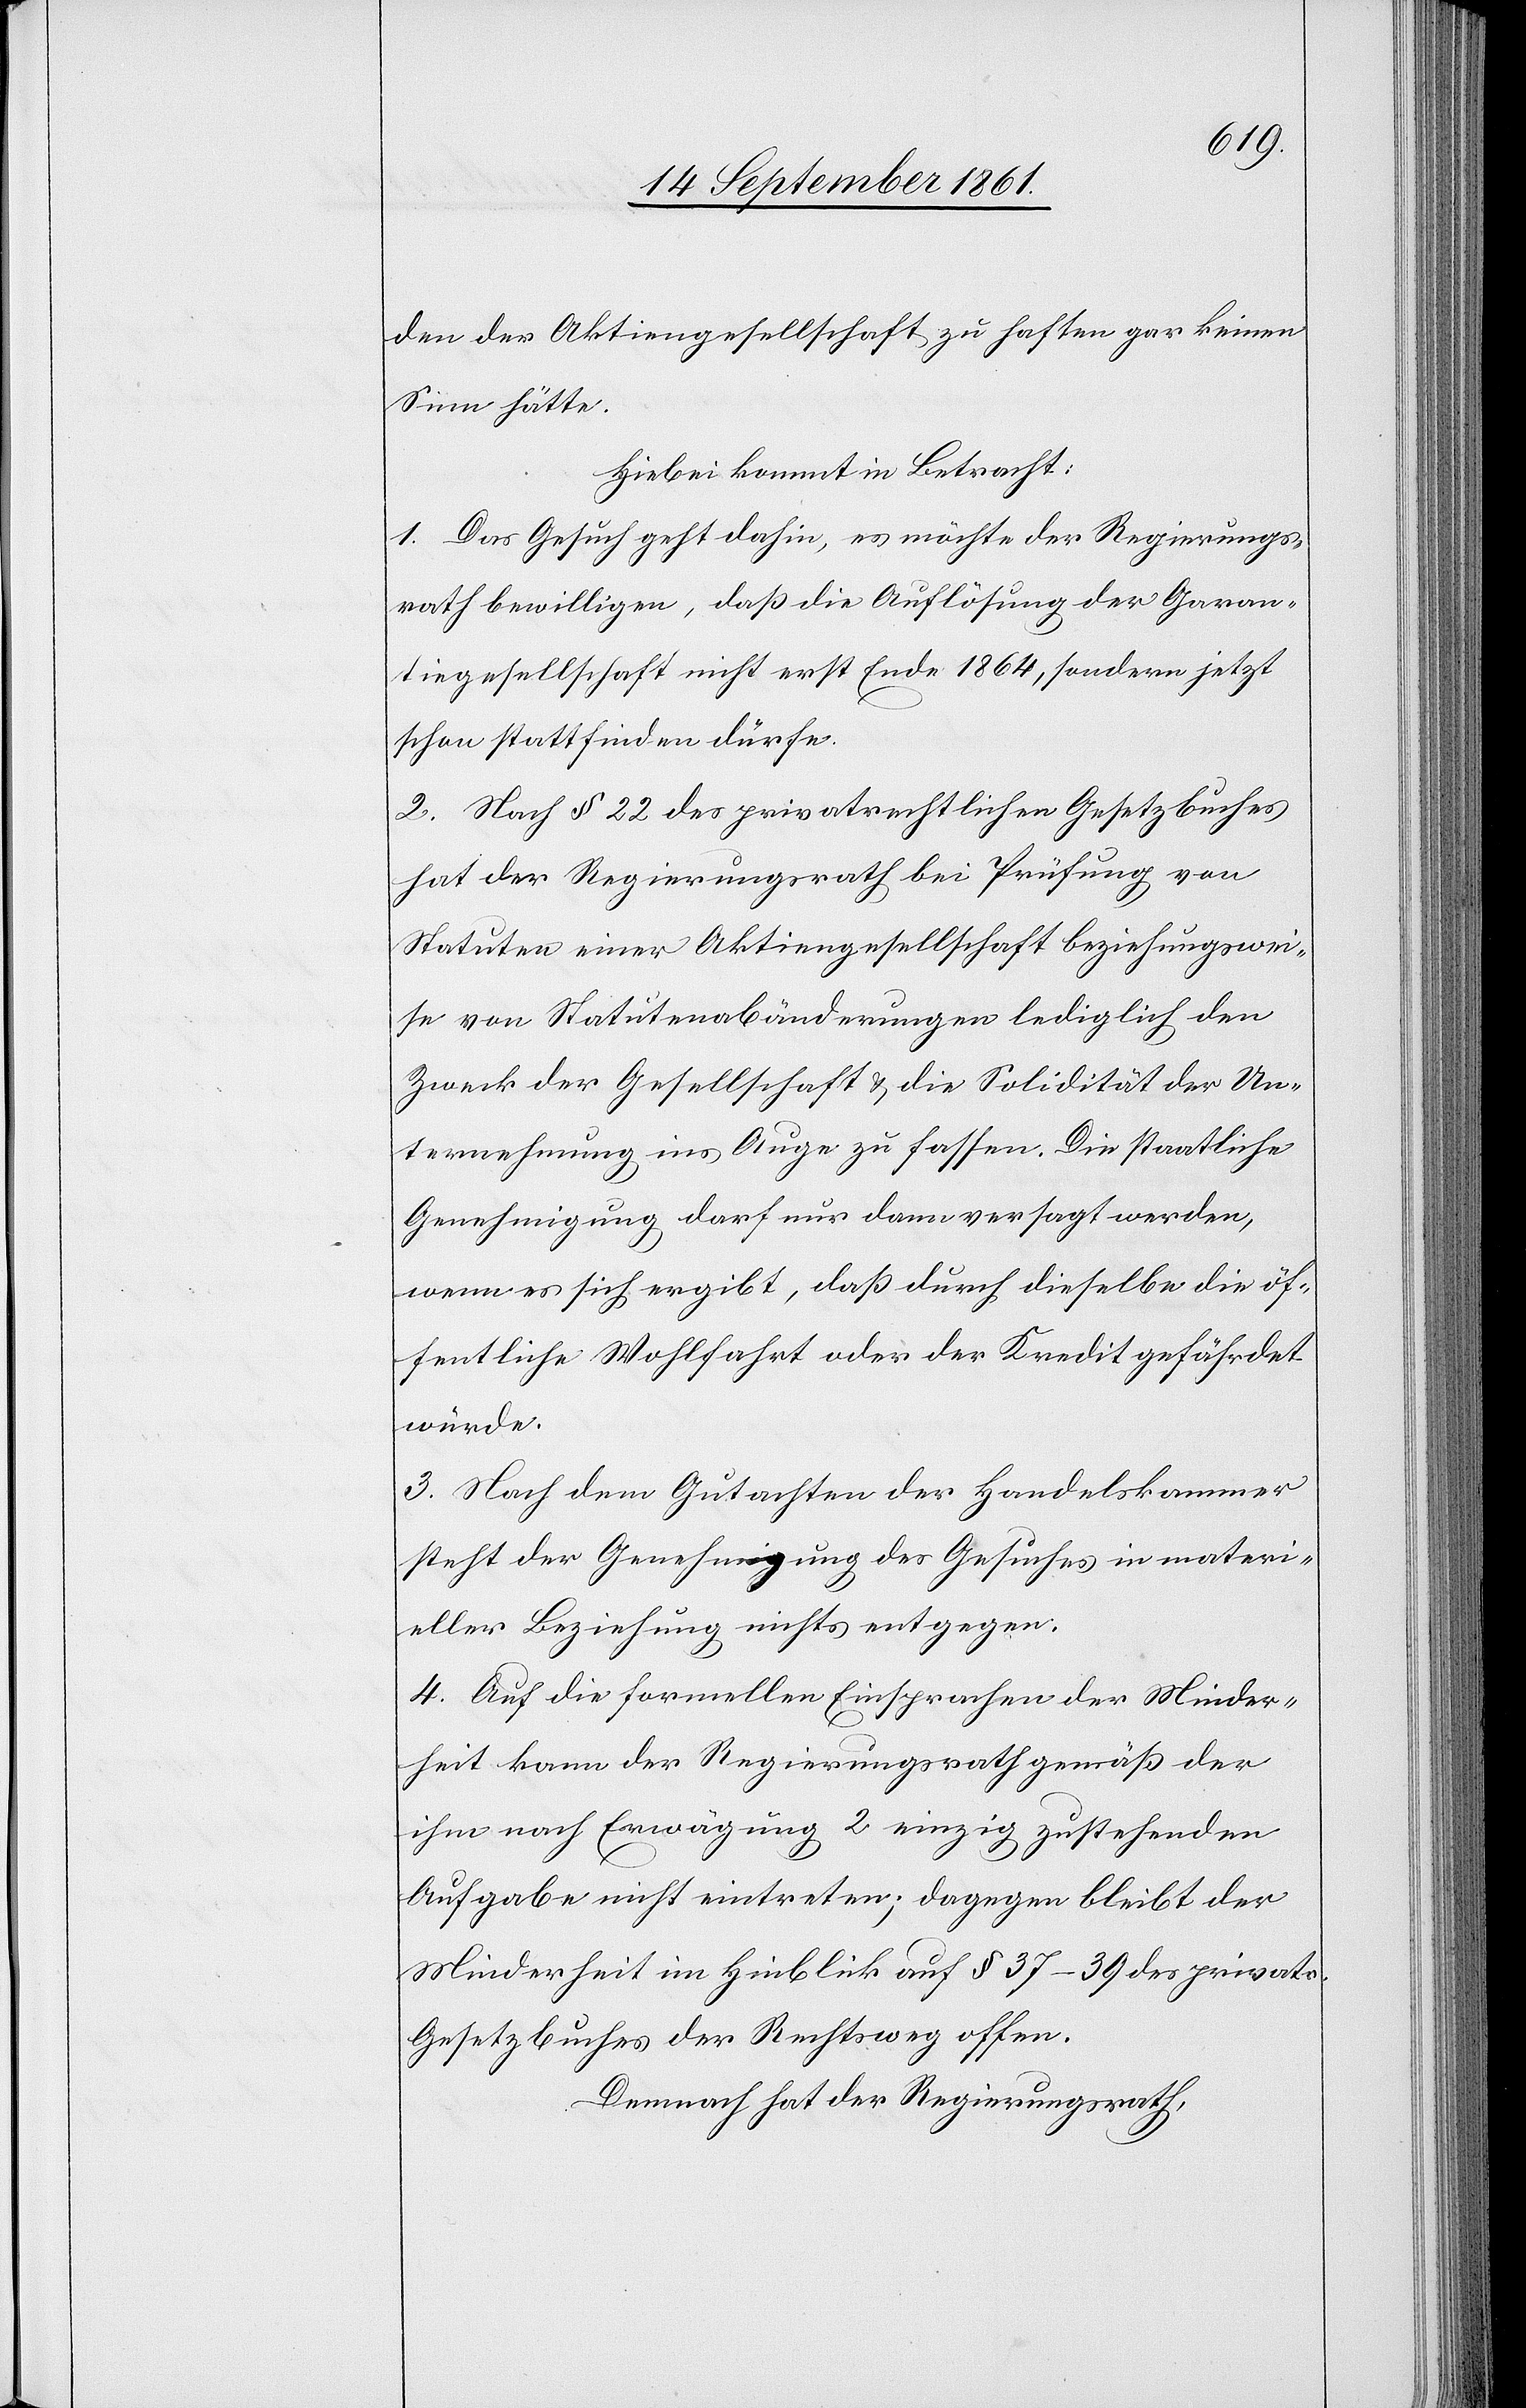
den der Aktiengesellschaft zu haften gar keinen
Sinn hätte.
Hiebei kommt in Betracht:
1. Das Gesuch geht dahin, es möchte der Regierungs¬
rath bewilligen, daß die Auflösung der Garan¬
tiegesellschaft nicht erst Ende 1864, sondern jetzt
schon stattfinden dürfe.
2. Nach § 22 des privatrechtlichen Gesetzbuches
hat der Regierungsrath bei Prüfung von
Statuten einer Aktiengesellschaft beziehungswei¬
se von Statutenabänderungen lediglich den
Zweck der Gesellschaft u. die Solidität der Un¬
ternehmung ins Auge zu fassen. Die staatliche
Genehmigung darf nur dann versagt werden,
wenn es sich ergibt, daß durch dieselbe die öf¬
fentliche Wohlfahrt oder der Kredit gefährdet
würde.
3. Nach dem Gutachten der Handelskammer
steht der Genehmigung des Gesuches in materi¬
eller Beziehung nichts entgegen.
4. Auf die formellen Einsprachen der Minder¬
heit kann der Regierungsrath gemäß der
ihm nach Erwägung 2 einzig zustehenden
Aufgabe nicht eintreten; dagegen bleibt der
Minderheit im Hinblick auf § 37–39 des privatr.
Gesetzbuches der Rechtsweg offen.
Demnach hat der Regierungsrath,